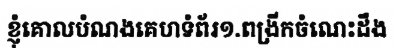
ខ្ញុំគោលបំណងគេហទំព័រ១.ពង្រីកចំណេះដឹង